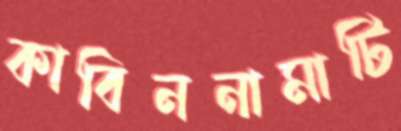
কাবিননামাটি